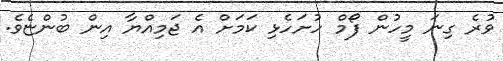
ވުރެ ގިނަ މީހުން ފޯމް ހުށަހެޅި ކަމަށް އެ ޖަމިއްޔާ އިން ބުންޏެވެ.